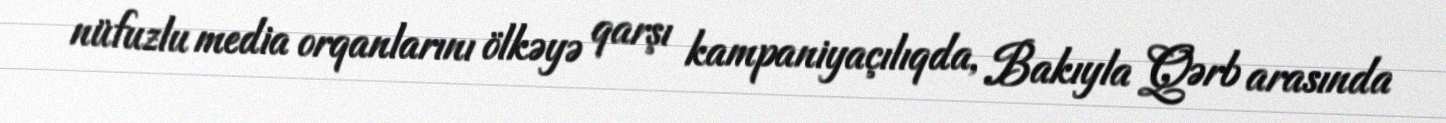
nüfuzlu media orqanlarını ölkəyə qarşı kampaniyaçılıqda, Bakıyla Qərb arasında